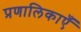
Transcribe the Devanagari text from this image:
प्रणालिकाएँ